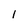
Character: l